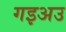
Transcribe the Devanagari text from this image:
गइअउ